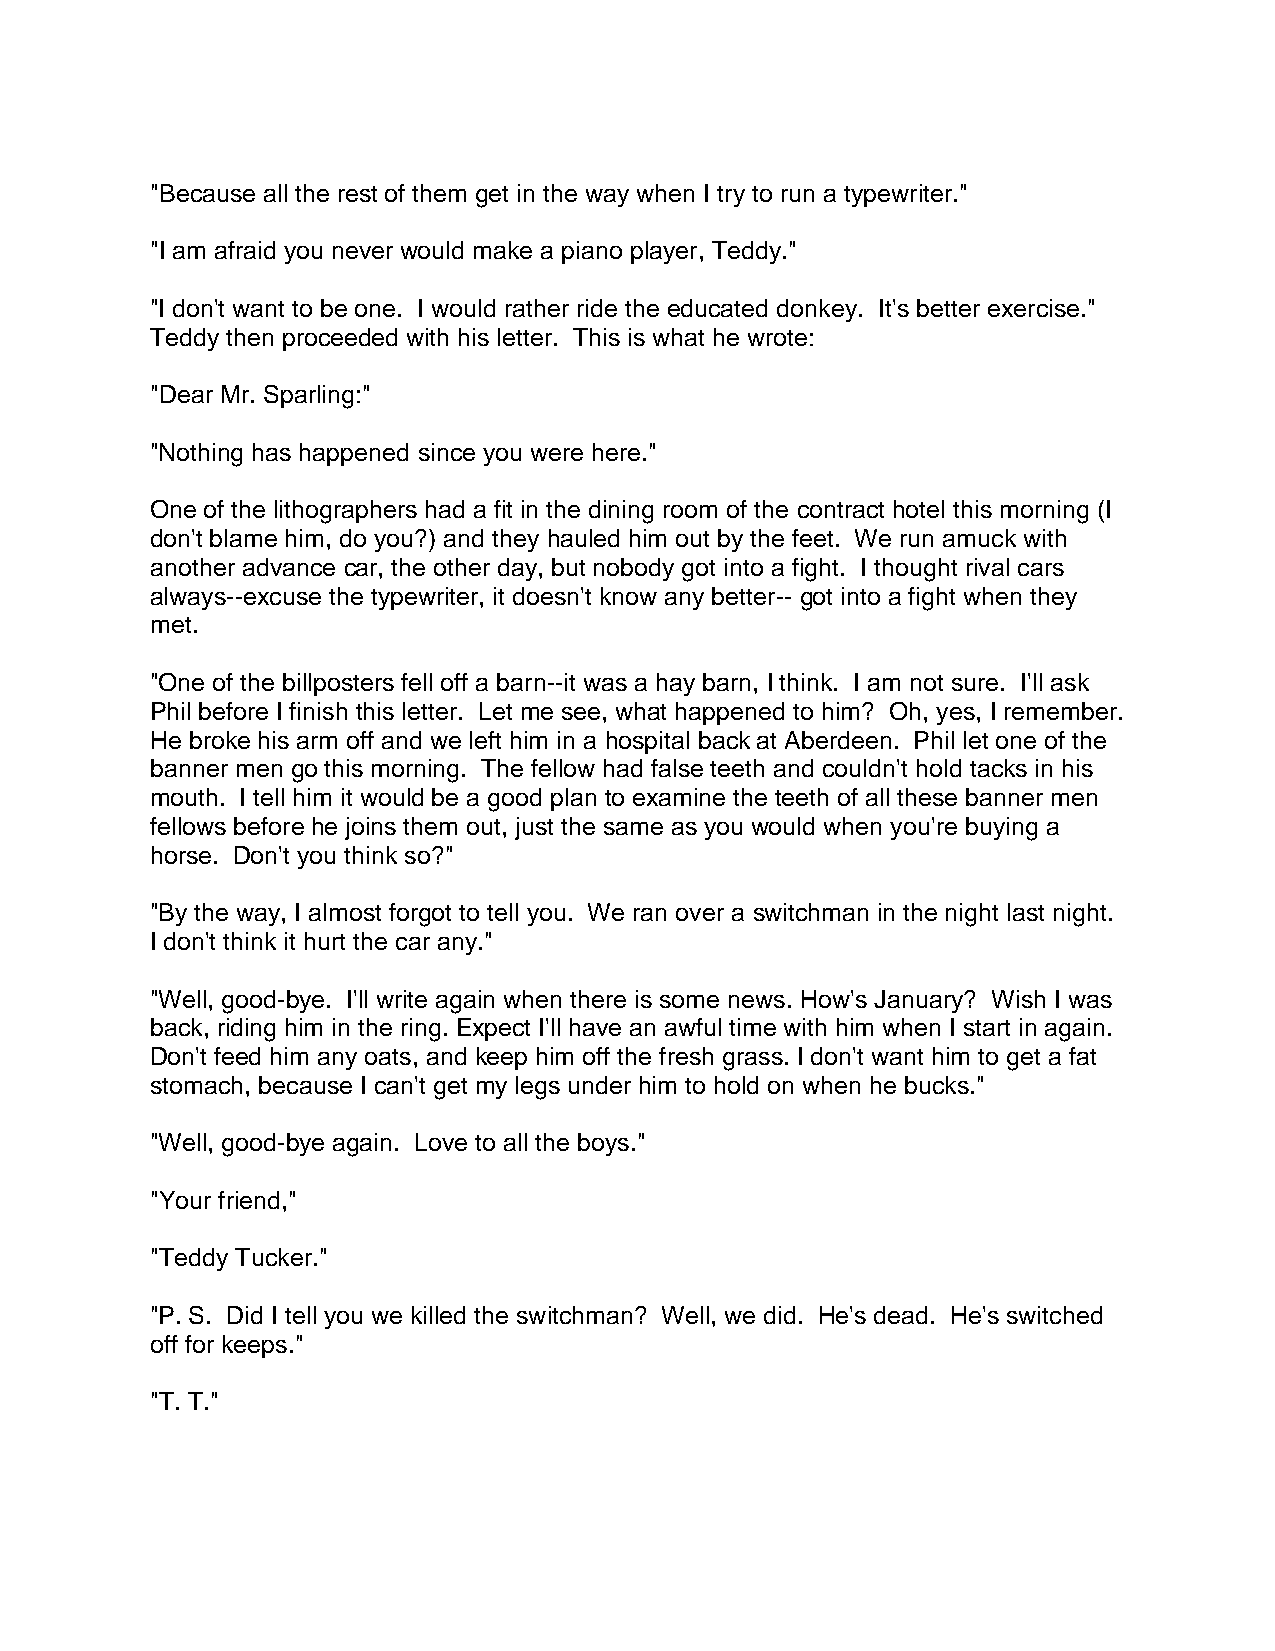
"Because all the rest of them get in the way when I try to run a typewriter."
 "I am afraid you never would make a piano player, Teddy."
 "I don't want to be one. I would rather ride the educated donkey. It's better exercise."
 Teddy then proceeded with his letter. This is what he wrote:
 "Dear Mr. Sparling:"
 "Nothing has happened since you were here."
 One of the lithographers had a fit in the dining room of the contract hotel this morning (I
 don't blame him, do you?) and they hauled him out by the feet. We run amuck with
 another advance car, the other day, but nobody got into a fight. I thought rival cars
 always--excuse the typewriter, it doesn't know any better-- got into a fight when they
 met.
 "One of the billposters fell off a barn--it was a hay barn, I think. I am not sure. I'll ask
 Phil before I finish this letter. Let me see, what happened to him? Oh, yes, I remember.
 He broke his arm off and we left him in a hospital back at Aberdeen. Phil let one of the
 banner men go this morning. The fellow had false teeth and couldn't hold tacks in his
 mouth. I tell him it would be a good plan to examine the teeth of all these banner men
 fellows before he joins them out, just the same as you would when you're buying a
 horse. Don't you think so?"
 "By the way, I almost forgot to tell you. We ran over a switchman in the night last night.
 I don't think it hurt the car any."
 "Well, good-bye. I'll write again when there is some news. How's January? Wish I was
 back, riding him in the ring. Expect I'll have an awful time with him when I start in again.
 Don't feed him any oats, and keep him off the fresh grass. I don't want him to get a fat
 stomach, because I can't get my legs under him to hold on when he bucks."
 "Well, good-bye again. Love to all the boys."
 "Your friend,"
 "Teddy Tucker."
 "P. S. Did I tell you we killed the switchman? Well, we did. He's dead. He's switched
 off for keeps."
 "T. T."